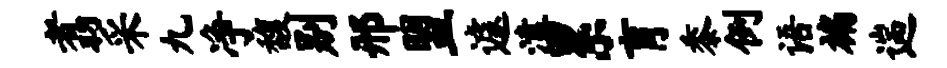
翥采九净馥别邢盟遽溘累育黍例语褊遄